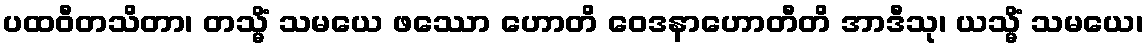
ပထဝီတသိတာ၊ တသ္မိံ သမယေ ဖဿော ဟောတိ ဝေဒနာဟောတီတိ အာဒီသု၊ ယသ္မိံ သမယေ၊